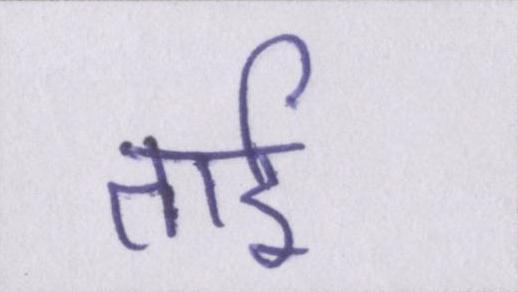
ताई